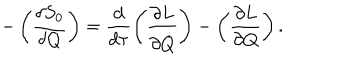
LaTeX: - \left( \frac { \delta S _ { 0 } } { \delta Q } \right) = \frac { d } { d \tau } \left( \frac { \partial L } { \partial \dot { Q } } \right) - \left( \frac { \partial L } { \partial Q } \right) .